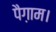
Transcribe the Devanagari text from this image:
पैग़ाम।